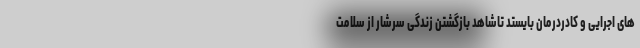
های اجرایی و کادردرمان بایستد تاشاهد بازگشتن زندگی سرشار از سلامت